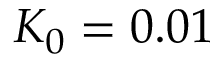
K _ { 0 } = 0 . 0 1